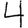
Digit: 4